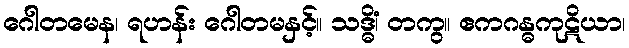
ဂေါတမေန၊ ရဟန်း ဂေါတမနှင့်။ သဒ္ဓိံ၊ တကွ။ ဧကဂန္ဓကုဋိယာ၊